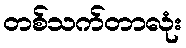
တစ်သက်တာလုံး